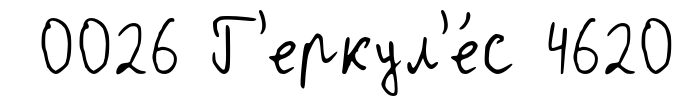
0026 Г'еркул'е́с 4620